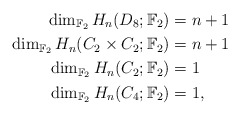
\begin{align*} \dim_{\mathbb{F}_2} H_n(D_8; \mathbb{F}_2) &= n+1 \\ \dim_{\mathbb{F}_2} H_n(C_2\times C_2; \mathbb{F}_2) &= n+1 \\ \dim_{\mathbb{F}_2} H_n(C_2; \mathbb{F}_2) &= 1 \\ \dim_{\mathbb{F}_2} H_n(C_4; \mathbb{F}_2) &= 1 ,\end{align*}